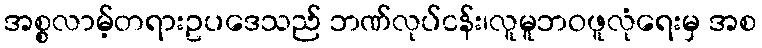
အစ္စလာမ့်တရားဥပဒေသည် ဘဏ်လုပ်ငန်း၊လူမူဘဝဖူလုံရေးမှ အစ